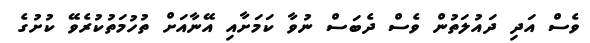
ވެސް އަދި ދައުލަތުން ވެސް ދެބަސް ނުވާ ކަމަށާއި އޭނާއަށް ތުހުމަތުކުރެވޭ ކުށުގެ